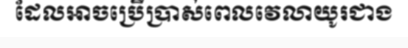
ដែលអាចប្រើប្រាស់ពេលវេលាយូរជាង